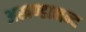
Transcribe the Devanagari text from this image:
अखण्डानन्द